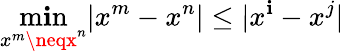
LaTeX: \operatorname*{m\mathbf{i}n}_{x^{m}\neqx^{n}}|x^{m}-x^{n}|\leq|x^{\mathbf{i}}-x^{j}|